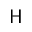
\mathsf { H }